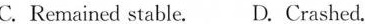
C.Remaincd stable. D. Crashed.